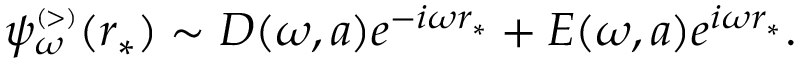
\begin{array} { r } { \psi _ { \omega } ^ { \scriptscriptstyle ( > ) } ( r _ { * } ) \sim D ( \omega , a ) e ^ { - i \omega r _ { * } } + E ( \omega , a ) e ^ { i \omega r _ { * } } . } \end{array}